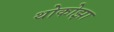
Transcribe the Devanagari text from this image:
थोकोझा